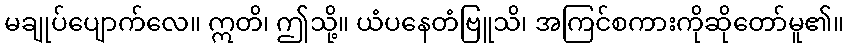
မချုပ်ပျောက်လေ။ ဣတိ၊ ဤသို့။ ယံပနေတံဗြူသိ၊ အကြင်စကားကိုဆိုတော်မူ၏။